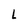
Character: L